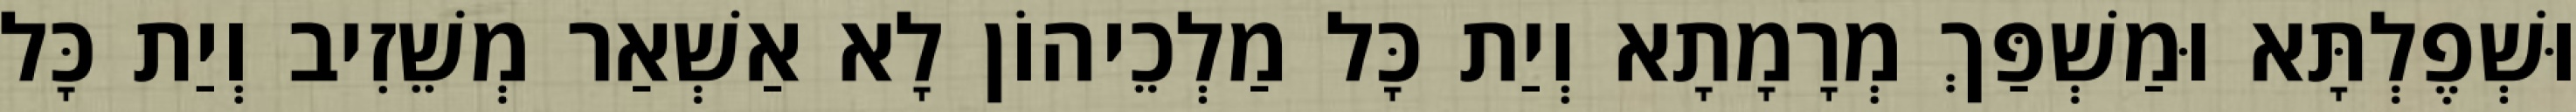
וּשְׁפֶלְתָּא וּמַשְׁפַּךְ מְרָמָתָא וְיַת כָּל מַלְכֵיהוֹן לָא אַשְׁאַר מְשֵׁזִיב וְיַת כָּל